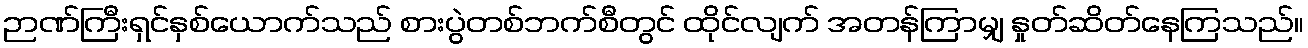
ဉာဏ်ကြီးရှင်နှစ်ယောက်သည် စားပွဲတစ်ဘက်စီတွင် ထိုင်လျက် အတန်ကြာမျှ နှုတ်ဆိတ်နေကြသည်။